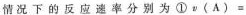
情况下的反应速率分别为①$$v ( A